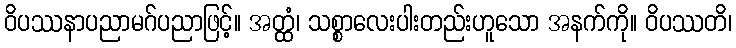
ဝိပဿနာပညာမဂ်ပညာဖြင့်။ အတ္ထံ၊ သစ္စာလေးပါးတည်းဟူသော အနက်ကို။ ဝိပဿတိ၊